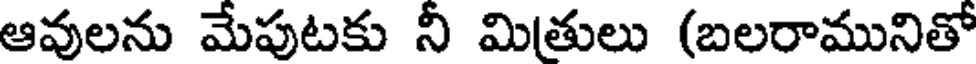
ఆవులను మేపుటకు నీ మితులు (బలరామునితో